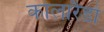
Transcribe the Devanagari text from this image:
कोलारैडो